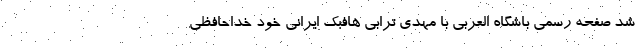
شد صفحه رسمی باشگاه العربی با مهدی ترابی هافبک ایرانی خود خداحافظی